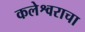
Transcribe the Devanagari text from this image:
कलेश्वराचा